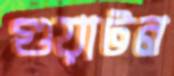
গুয়াটন